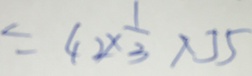
= 4 2 \times \frac { 1 } { 3 } \times 5